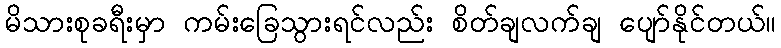
မိသားစုခရီးမှာ ကမ်းခြေသွားရင်လည်း စိတ်ချလက်ချ ပျော်နိုင်တယ်။